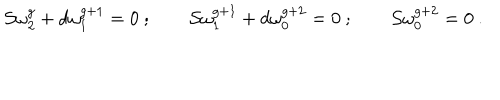
{ \cal S } \omega _ { 2 } ^ { g } + d \omega _ { 1 } ^ { g + 1 } = 0 \ ; \qquad { \cal S } \omega _ { 1 } ^ { g + 1 } + d \omega _ { 0 } ^ { g + 2 } = 0 \ ; \qquad { \cal S } \omega _ { 0 } ^ { g + 2 } = 0 \ .